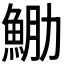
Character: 𩶵